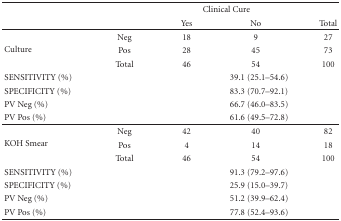
<table><thead><tr><td></td><td></td><td colspan="2"><b>Clinical Cure</b></td></tr><tr><td></td><td></td><td><b>Yes</b></td><td><b>No</b></td></tr></thead><tbody><tr><td rowspan="3">Culture</td><td>Neg</td><td>18</td><td>9</td></tr><tr><td>Pos</td><td>28</td><td>45</td></tr><tr><td>Total</td><td>46</td><td>54</td></tr><tr><td>SENSITIVITY (%)</td><td></td><td colspan="3">39.1 (25.1–54.6)</td></tr><tr><td>SPECIFICITY (%)</td><td></td><td colspan="3">83.3 (70.7–92.1)</td></tr><tr><td>PV Neg (%)</td><td></td><td colspan="3">66.7 (46.0–83.5)</td></tr><tr><td>PV Pos (%)</td><td></td><td colspan="3">61.6 (49.5–72.8) </td></tr><tr><td rowspan="3">KOH Smear</td><td>Neg</td><td>42</td><td>40</td></tr><tr><td>Pos</td><td>4</td><td>14</td></tr><tr><td>Total</td><td>46</td><td>54</td></tr><tr><td>SENSITIVITY (%)</td><td></td><td colspan="3">91.3 (79.2–97.6)</td></tr><tr><td>SPECIFICITY (%)</td><td></td><td colspan="3">25.9 (15.0–39.7)</td></tr><tr><td>PV Neg (%)</td><td></td><td colspan="3">51.2 (39.9–62.4)</td></tr><tr><td>PV Pos (%)</td><td></td><td colspan="3">77.8 (52.4–93.6)</td></tr></tbody></table>